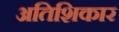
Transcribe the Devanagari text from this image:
अतिशिकार